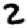
Digit: 2